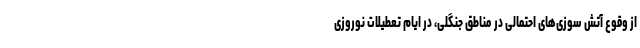
از وقوع آتش سوزی‌های احتمالی در مناطق جنگلی، در ایام تعطیلات نوروزی